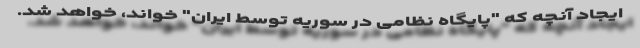
ایجاد آنچه که "پایگاه نظامی در سوریه توسط ایران" خواند، خواهد شد.